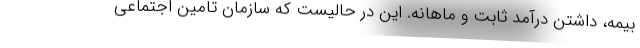
بیمه، داشتن درآمد ثابت و ماهانه. این در حالیست که سازمان تامین اجتماعی